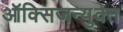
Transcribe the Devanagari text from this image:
ऑक्सिजन्युक्त